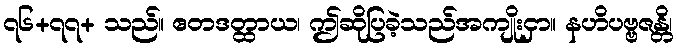
၇၆+၇၇+ သည်။ ဧတဒတ္ထာယ၊ ဤဆိုပြခဲ့သည်အကျိုးငှာ။ နဟိပဗ္ဗဇန္တိ၊